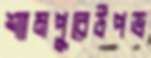
শ্যামপুরেউপভ